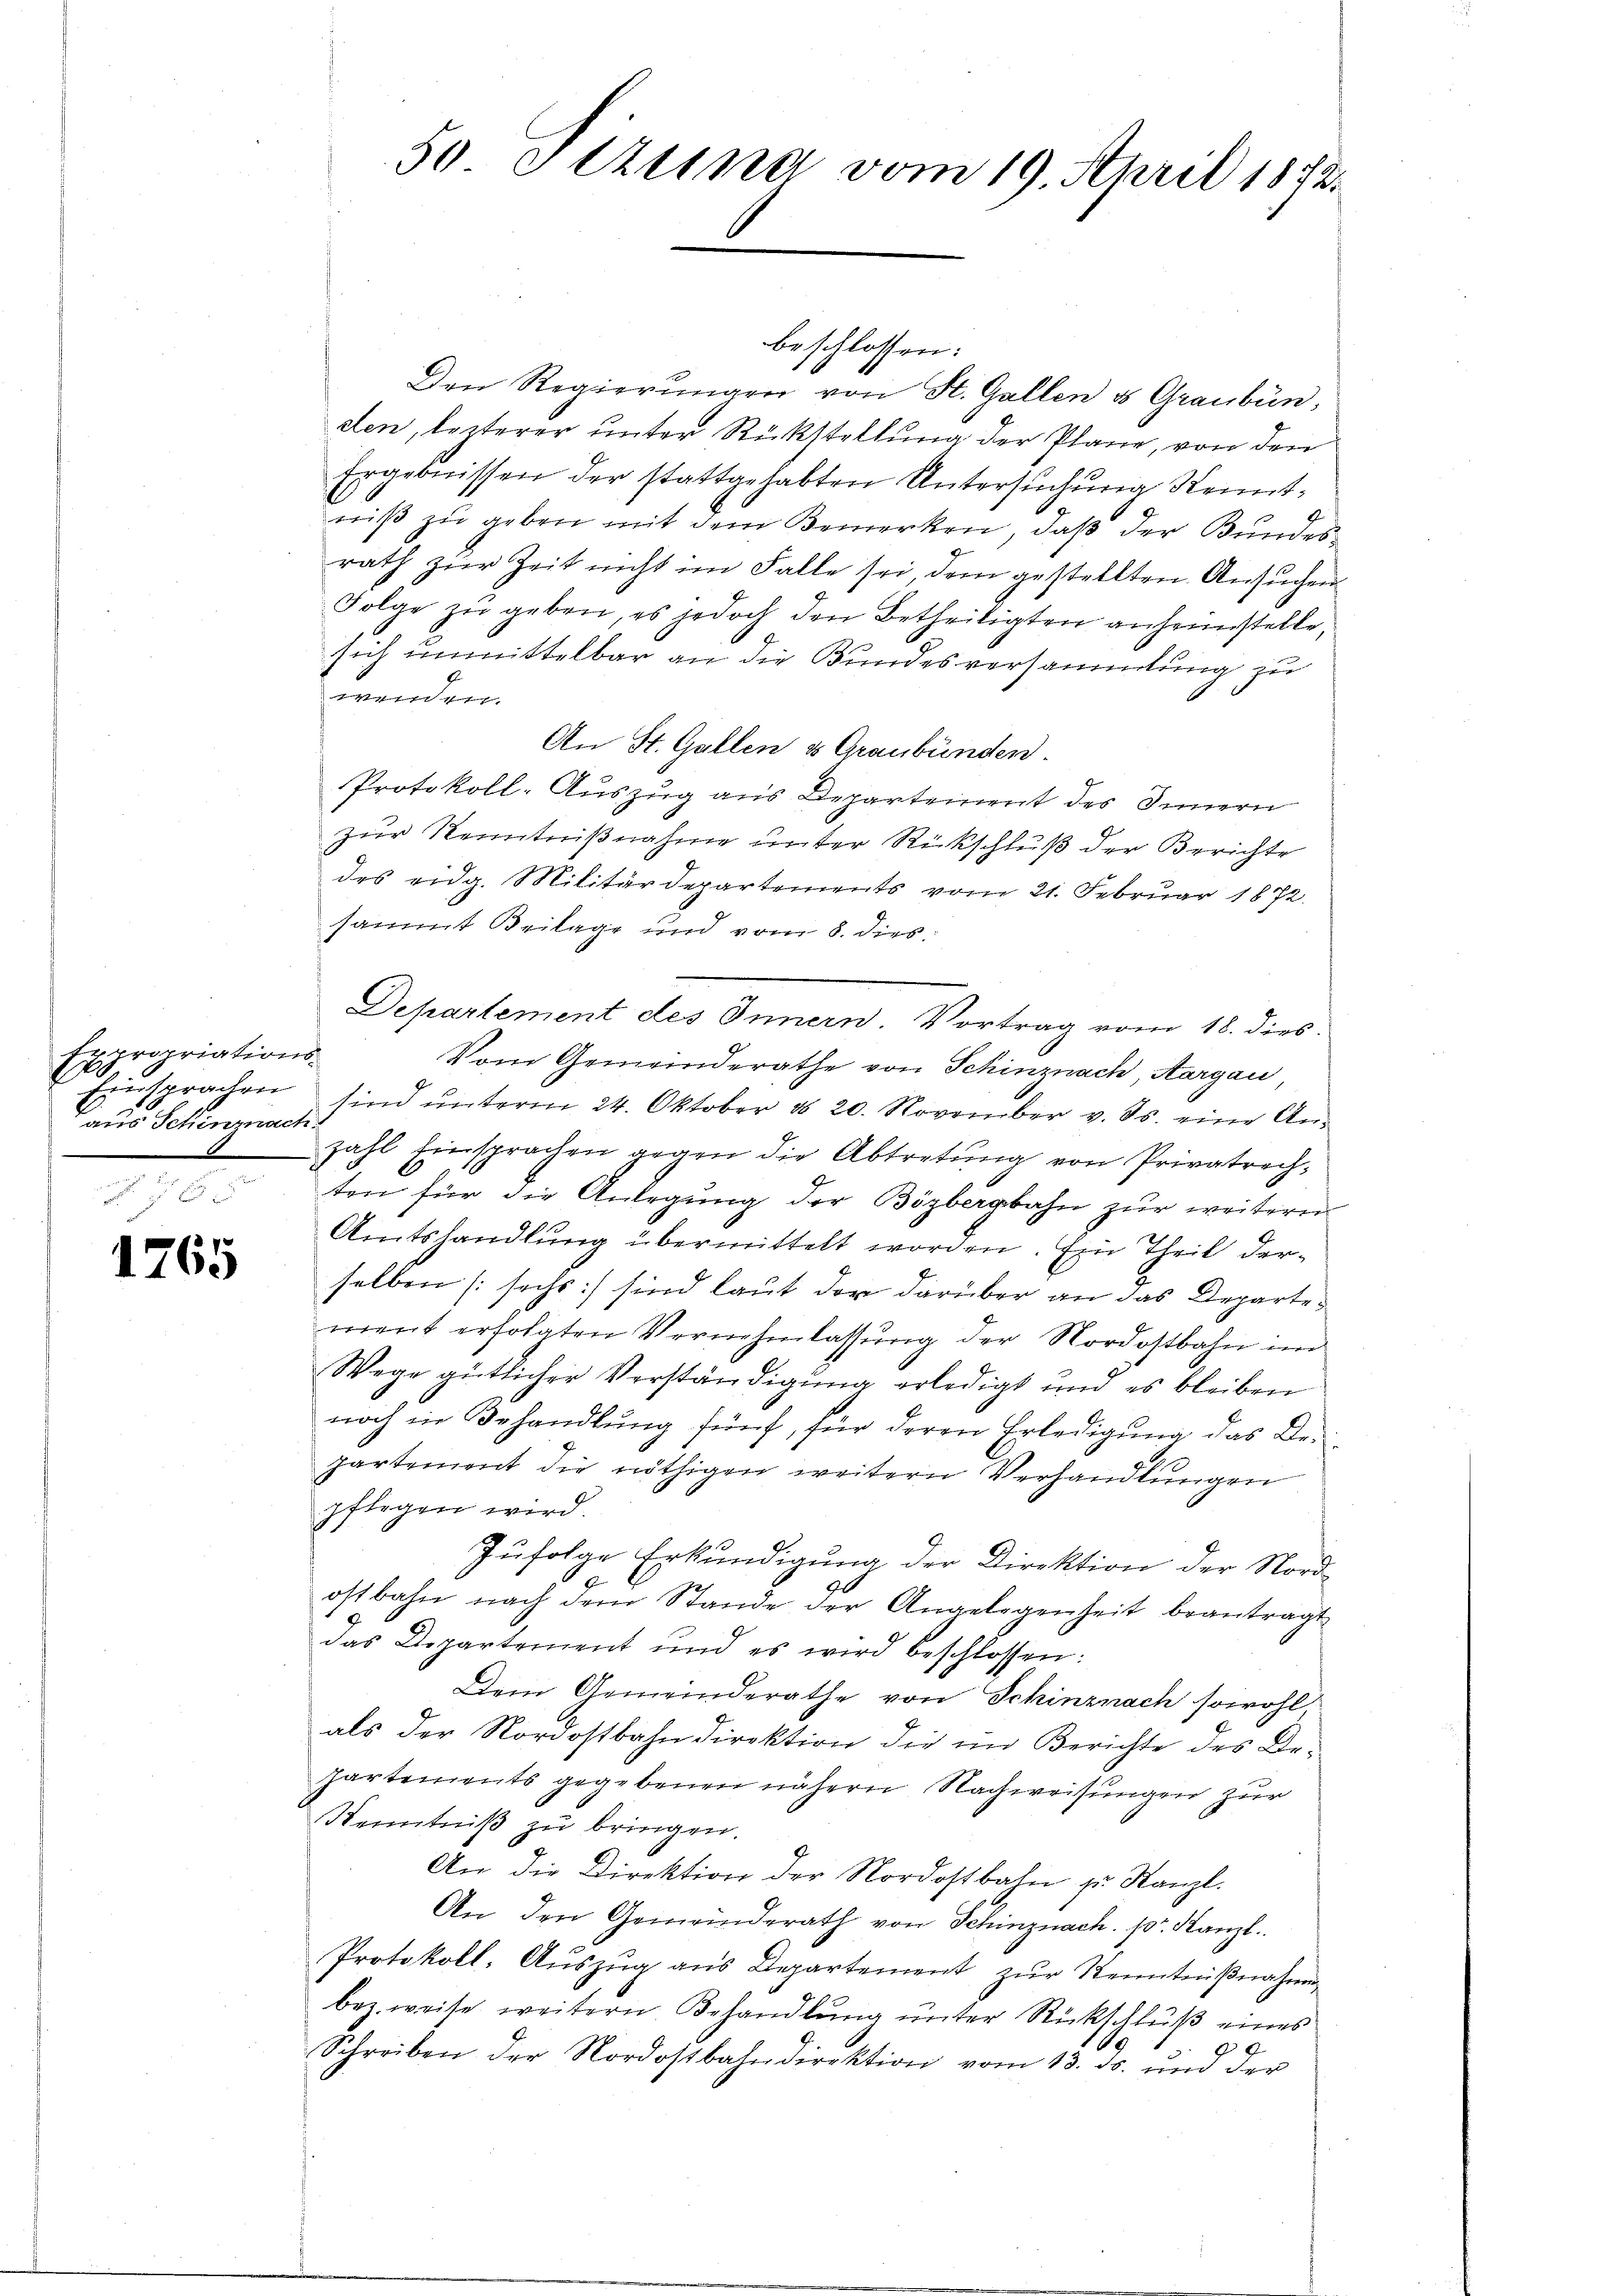
Expropriations-
Er
Einsprachen
aus Schenmach

1765

Den Regierŭngen von St. Gallen u Graubün
den, lezterer unter Rückstellung der Plane, von den
Ergebnissen der stattgehabten Untersuchung Kenntniß zu geben mit dem Bemerken, daß der Bundesrath zur Zeit nicht im Falle sei dem gestellten Ansuchen
Folge zŭ geben, es jedoch den Betheiligten anheimstelle,
sich unmittelbar an die Bundesversammlung zu
wenden.
An St. Gallen & Graubünden.
Protokoll-Auszug aus Departement des Innern
zur Kenntnißnahme unter Rückschluß der Berichte
des eidg. Militärdepartements vom 21. Februar 1872.
sammt Beilage und vom 8. dies
Departement des Innern. Vortrag vom 18. dies
Vom Gemeinderathe von Schinznach Aargau
sind ŭnterm 24. Oktober d. 20. November v. Js. eine An-
zahl Einsprachen gegen die Abtretung von Privatrechten für die Anlegung der Bözbergbahn zur weiteren
Amtshandlung übermittelt worden. Ein Theil derselben (sechs) sind laut der darüber an das Departe
ment erfolgten Vernehmlassŭng der Nordostbahn im
Wege gütlicher Verständigŭng erledigt und es bleiben
noch in Behandlung fünf, für deren Erledigung das Departement die nöthigen weitern Verhandlungen
pflegen wird.
Zufolge Erkundigung der Direktion der Nordostbahn nach dem Stande der Angelegenheit beantragt
8
das Departement und es wird beschlossen:
Dem Gemeinderathe von Schinznach sowohl
als der Nordostbahndirektion die im Berichte des De¬
Partements gegebenen nähern Nachweisungen zur
Kenntniß zu bringen.
2.
An die Direktion der Nordostbahn zu Kanzl.
An den Gemeinderath von Schinznach. pr. Kanzl.
Protokoll. Aŭszŭg ans Departement zŭr Kenntniβnahmen
bez. weise weitern Behandlung unter Rückschluß eines
Schreiben der Nordostbahndirektion vom 13. ds. und der

50 Sizung vom 19. April 1872.

beschlossen: